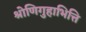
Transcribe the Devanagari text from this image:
श्रोणिगुहाभित्ति